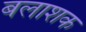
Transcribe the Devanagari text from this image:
बलाशक